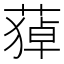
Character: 𦹫